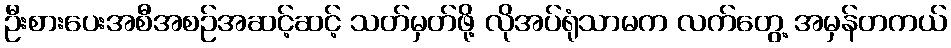
ဦးစားပေးအစီအစဉ်အဆင့်ဆင့် သတ်မှတ်ဖို့ လိုအပ်ရုံသာမက လက်တွေ့ အမှန်တကယ်